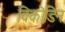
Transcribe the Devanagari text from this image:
विको़डिन